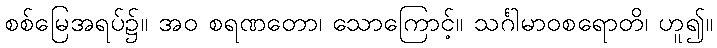
စစ်မြေအရပ်၌။ အဝ စရဏတော၊ သောကြောင့်။ သင်္ဂါမာဝစရောတိ၊ ဟူ၍။